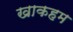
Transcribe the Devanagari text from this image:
खाकहम